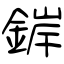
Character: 錌